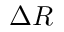
\Delta R